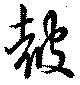
皷